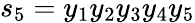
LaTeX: s_{5}=y_{1}y_{2}y_{3}y_{4}y_{5}